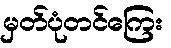
မှတ်ပုံတင်ကြေး